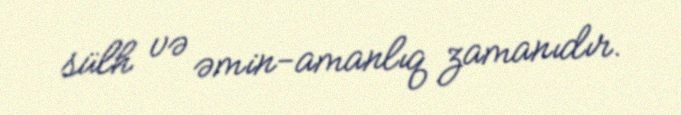
sülh və əmin-amanlıq zamanıdır.